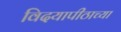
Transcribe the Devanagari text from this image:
विदयापीठाच्या